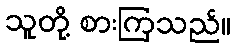
သူတို့ စားကြသည်။